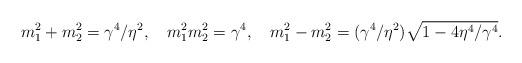
LaTeX: \begin{align*}m_1^2+m_2^2=\gamma^4/\eta^2, \quad m_1^2m_2^2=\gamma^4, \quad m_1^2-m_2^2=(\gamma^4/\eta^2)\sqrt{1-4\eta^4/\gamma^4} .\end{align*}